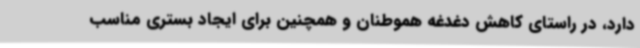
دارد، در راستای کاهش دغدغه هموطنان و همچنین برای ایجاد بستری مناسب